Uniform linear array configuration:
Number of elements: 16
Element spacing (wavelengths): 1
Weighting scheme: hamming
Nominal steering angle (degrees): -30
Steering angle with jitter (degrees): -30.255
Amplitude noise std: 0.05
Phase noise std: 0.05

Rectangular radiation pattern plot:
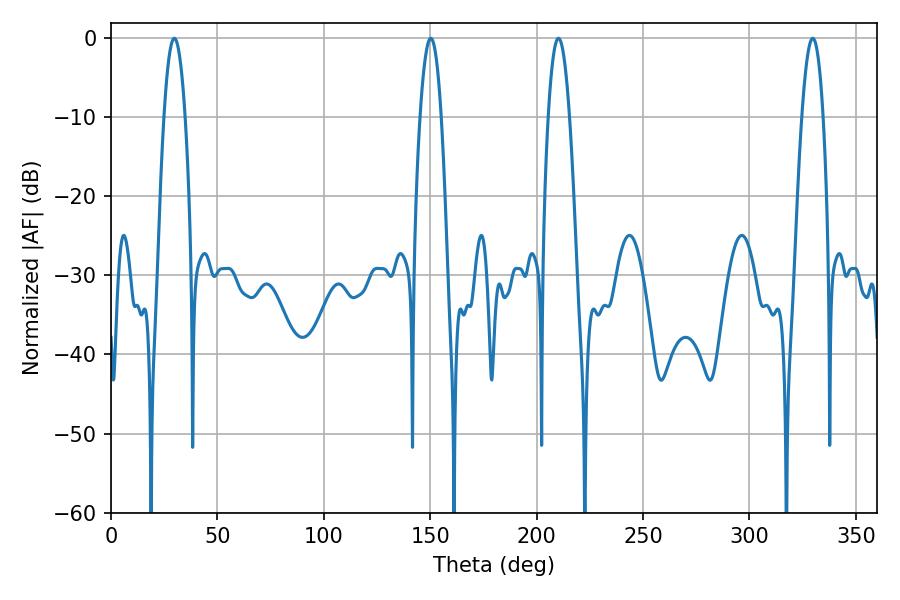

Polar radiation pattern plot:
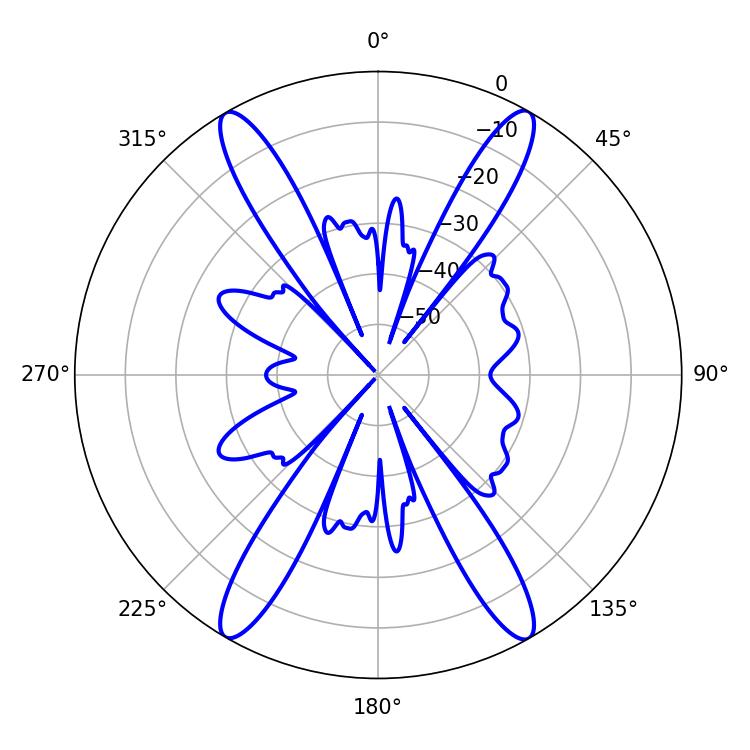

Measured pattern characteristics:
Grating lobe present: TRUE
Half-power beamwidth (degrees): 5.58
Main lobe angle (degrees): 210.24